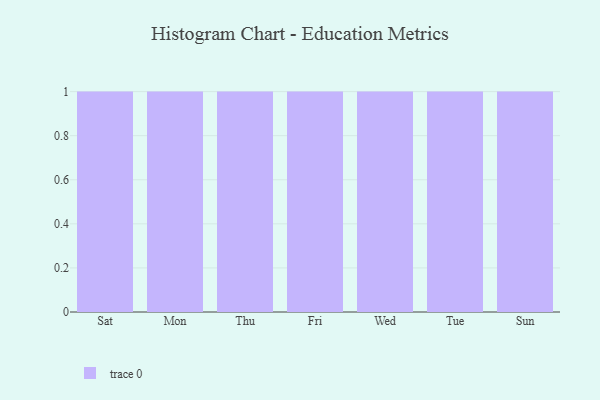
{"axis": {"x": "Day", "y": "Headcount"}, "legend": [""], "data": [{"x": "Sat", "y": 100, "type": ""}, {"x": "Mon", "y": 49, "type": ""}, {"x": "Thu", "y": 6, "type": ""}, {"x": "Fri", "y": 87, "type": ""}, {"x": "Wed", "y": 31, "type": ""}, {"x": "Tue", "y": 63, "type": ""}, {"x": "Sun", "y": 76, "type": ""}]}